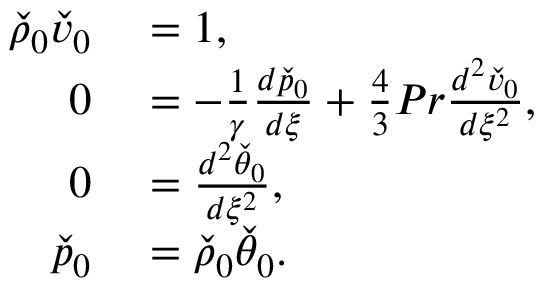
\begin{array} { r l } { \check { \rho } _ { 0 } \check { v } _ { 0 } } & { { } = 1 , } \\ { 0 } & { { } = - \frac { 1 } { \gamma } \frac { d \check { p } _ { 0 } } { d \xi } + \frac { 4 } { 3 } P r \frac { d ^ { 2 } \check { v } _ { 0 } } { d \xi ^ { 2 } } , } \\ { 0 } & { { } = \frac { d ^ { 2 } \check { \theta } _ { 0 } } { d \xi ^ { 2 } } , } \\ { \check { p } _ { 0 } } & { { } = \check { \rho } _ { 0 } \check { \theta } _ { 0 } . } \end{array}